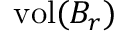
\operatorname { v o l } ( B _ { r } )